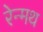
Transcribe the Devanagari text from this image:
रेन्मथ